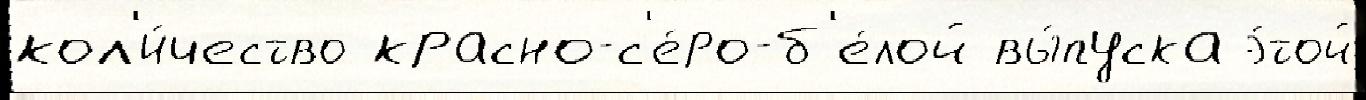
кол'и́чество красно-с'е́ро-б'е́лой вы́пуска э́той